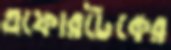
এফোরটেকের